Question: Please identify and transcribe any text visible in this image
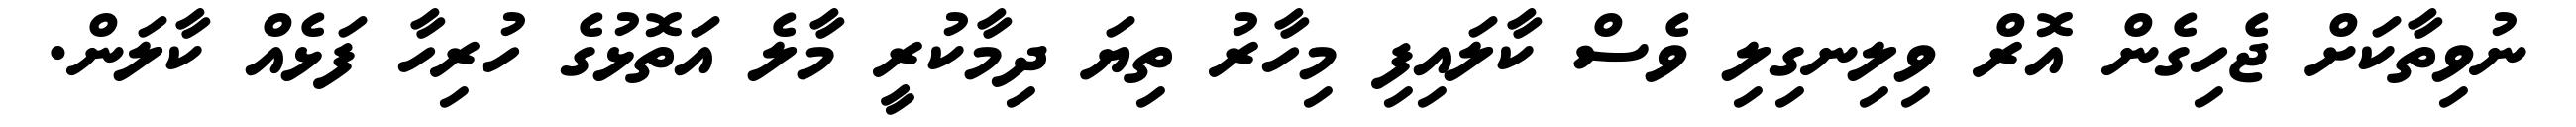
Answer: ނުވިތާކަށް ޖެހިގެން އޮރް ވިލިނގިލި ވެސް ކާލައިފި މިހާރު ތިޔަ ދިމާކުރީ މާލެ އަތޮޅުގެ ހުރިހާ ފަޅެއް ކާލަން.